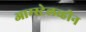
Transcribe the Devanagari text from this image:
आम्स्टेलव्हीन